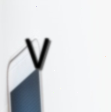
٧